Indian journal of veterinary science and animal husbandry - Volumes 18-21, 1948-1951
Year: 1948
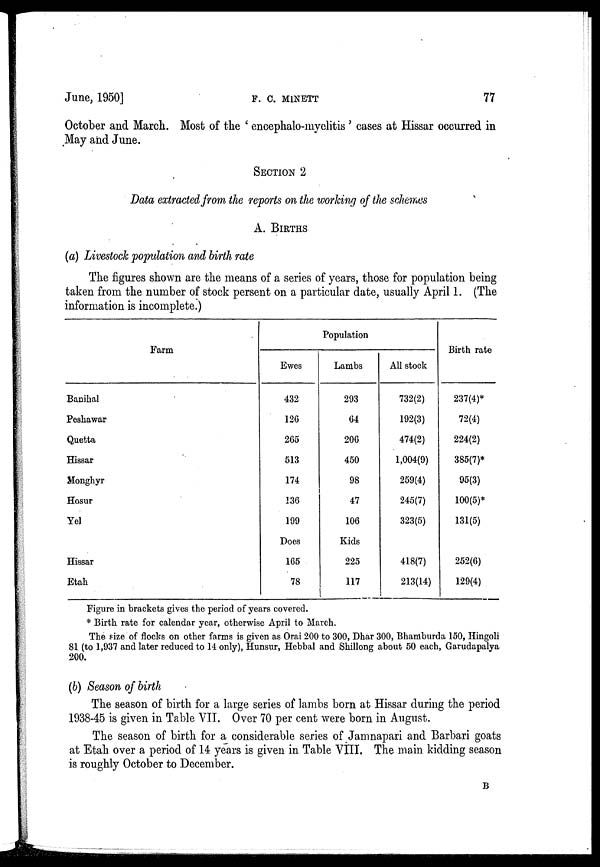
June, 1950]
F.
C.
MINETT
77
October and March. Most of the 'encephalo-myelitis' cases at Hissar occurred in
May and June.
SECTION 2
Data extracted from the reports on the working of the schemes
A. BIRTHS
(a) Livestock population and birth rate
The figures shown are the means of a series of years, those for population being
taken from the number of stock persent on a particular date, usually April 1. (The
information is incomplete.)
Farm
Banihal
Peshawar
Quetta
Hissar
Monghyr
Hosur
Yel
Hissar
Etah
Population
Ewes
432
126
265
513
174
136
199
Does
165
78
Lambs
293
64
206
450
98
47
106
Kids
225
117
All stock
732(2)
192(3)
474(2)
1,004(9)
259(4)
245(7)
323(5)
418(7)
213(14)
Birth rate
237(4)*
72(4)
224(2)
385(7)*
95(3)
100(5)*
131(5)
252(6)
129(4)
Figure in brackets gives the period of years covered.
* Birth rate for calendar year, otherwise April to March.
The size of flocks on other farms is given as Orai 200 to 300, Dhar 300, Bhamburda 150, Hingoli
81 (to 1,937 and later reduced to 14 only), Hunsur, Hcbbal and Shillong about 50 each, Garudapalya
200.
(b) Season of birth
The season of birth for a large series of lambs born at Hissar during the period
1938-45 is given in Table VII. Over 70 per cent were born in August.
The season of birth for a considerable series of Jamnapari and Barbari goats
at Etah over a period of 14 years is given in Table VIII. The main kidding season
is roughly October to December.
B